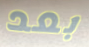
بعد